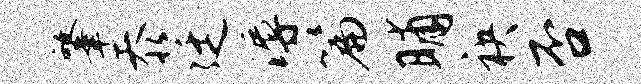
肇忝廷溽篇晡袂否